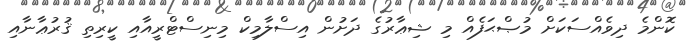
ކޮންމެ ދިވެއްސަކަށް މުޞްޙަފެއް މި ޝިޢާރުގެ ދަށުން އިސްލާމިކް މިނިސްޓްރީއާއި ކީރިތި ޤުރުޢާނާއި